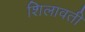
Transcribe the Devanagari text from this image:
शिलावती